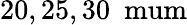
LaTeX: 20,25,30~\mathrm{\ mum}